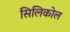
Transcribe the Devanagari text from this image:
सिलिकोल